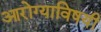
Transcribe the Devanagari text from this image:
आरोग्याविषयी